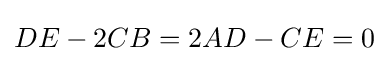
DE-2CB=2AD-CE=0